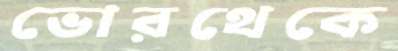
ভোরথেকে